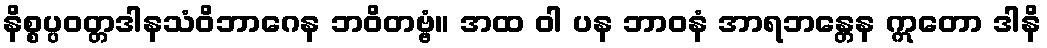
နိစ္စပ္ပဝတ္တဒါနသံဝိဘာဂေန ဘဝိတဗ္ဗံ။ အထ ဝါ ပန ဘာဝနံ အာရဘန္တေန ဣတော ဒါနိ